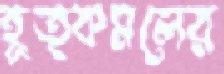
হূত্কমলের